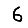
Digit: 6